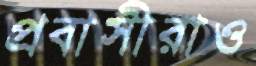
প্রবাসীরাও